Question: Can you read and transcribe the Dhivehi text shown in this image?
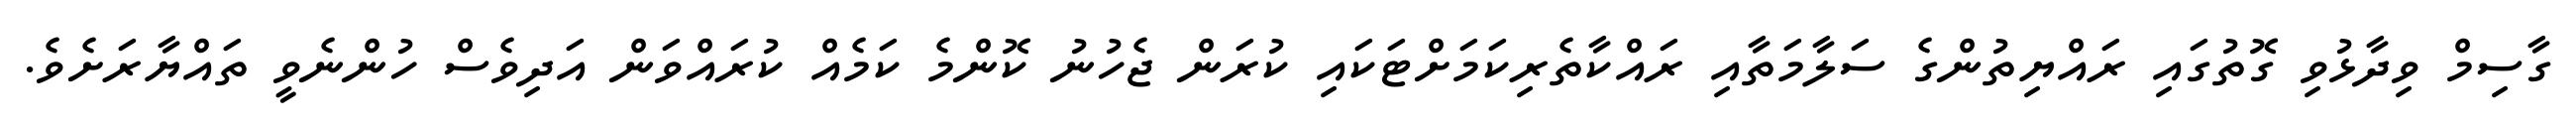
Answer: ގާސިމް ވިދާޅުވި ގޮތުގައި ރައްޔިތުންގެ ސަލާމަތާއި ރައްކާތެރިކަމަށްޓަކައި ކުރަން ޖެހުނު ކޮންމެ ކަމެއް ކުރައްވަން އަދިވެސް ހުންނެވީ ތައްޔާރަށެވެ.